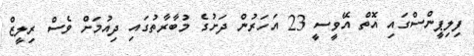
ފިލިޕީންސްގައި އޮތް އޭވީސީ 23 އަހަރުން ދަށުގެ މުބާރާތުގައި ދިއުމަށް ވެސް ރިލީޒް